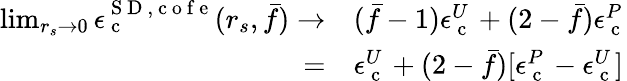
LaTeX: \begin{array}{rl}{\operatorname*{lim}_{r_{s}\to 0}\epsilon_{\mathrm{~c~}}^{{\mathrm{~S~D~}},\mathrm{~c~o~f~e~}}(r_{s},\bar{f})\to}&{{}(\bar{f}-1)\epsilon_{\mathrm{~c~}}^{U}+(2-\bar{f})\epsilon_{\mathrm{~c~}}^{P}}\\ {=}&{{}\epsilon_{\mathrm{~c~}}^{U}+(2-\bar{f})[\epsilon_{\mathrm{~c~}}^{P}-\epsilon_{\mathrm{~c~}}^{U}]}\end{array}